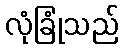
လုံခြုံသည်